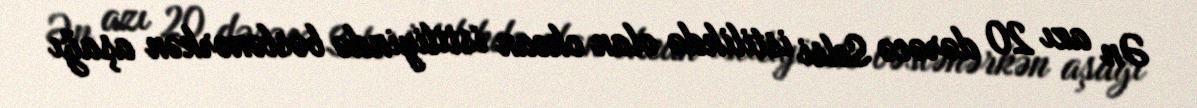
Ən azı 20 dərəcə Selsi istilikdə olan okean istiliyində bəslənərkən aşağı